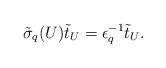
LaTeX: \begin{align*} \tilde{\sigma}_q(U)\tilde{t}_U=\epsilon_q^{-1}\tilde{t}_U.\end{align*}